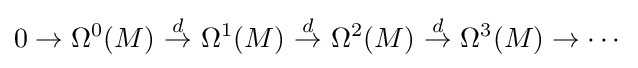
0\to \Omega ^{0}(M)\ {\stackrel {d}{\to }}\ \Omega ^{1}(M)\ {\stackrel {d}{\to }}\ \Omega ^{2}(M)\ {\stackrel {d}{\to }}\ \Omega ^{3}(M)\to \cdots